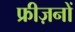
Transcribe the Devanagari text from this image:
फ्रीज़नों